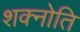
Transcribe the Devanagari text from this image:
शक्नोति